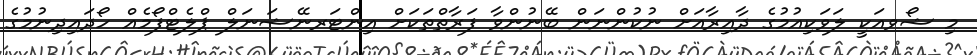
މި ޝޯވއަކީ ލަވަކިއުމުގެ ދާއިރާއަށް ނުކުންނަން ބޭނުންވާ ފަރާތްތަކަށް އިންޓަރނޭޝަނަލް ޕްލެޓްފޯމެއް ހޯދައިދިނުމުގެ